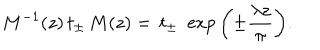
LaTeX: M ^ { - 1 } ( z ) \, t _ { \pm } \, M ( z ) = \, t _ { \pm } \, \, \exp { \left( \pm \frac { \lambda z } { \pi } \right) } .